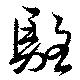
駱